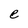
Character: e